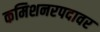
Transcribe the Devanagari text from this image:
कमिशनरपदावर